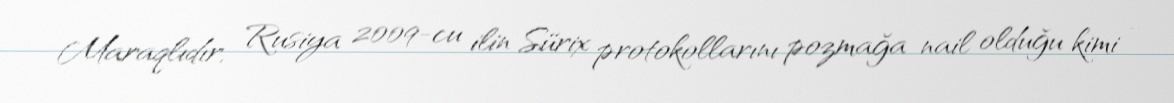
Maraqlıdır, Rusiya 2009-cu ilin Sürix protokollarını pozmağa nail olduğu kimi -